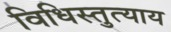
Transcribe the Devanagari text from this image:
विधिस्तुत्याय